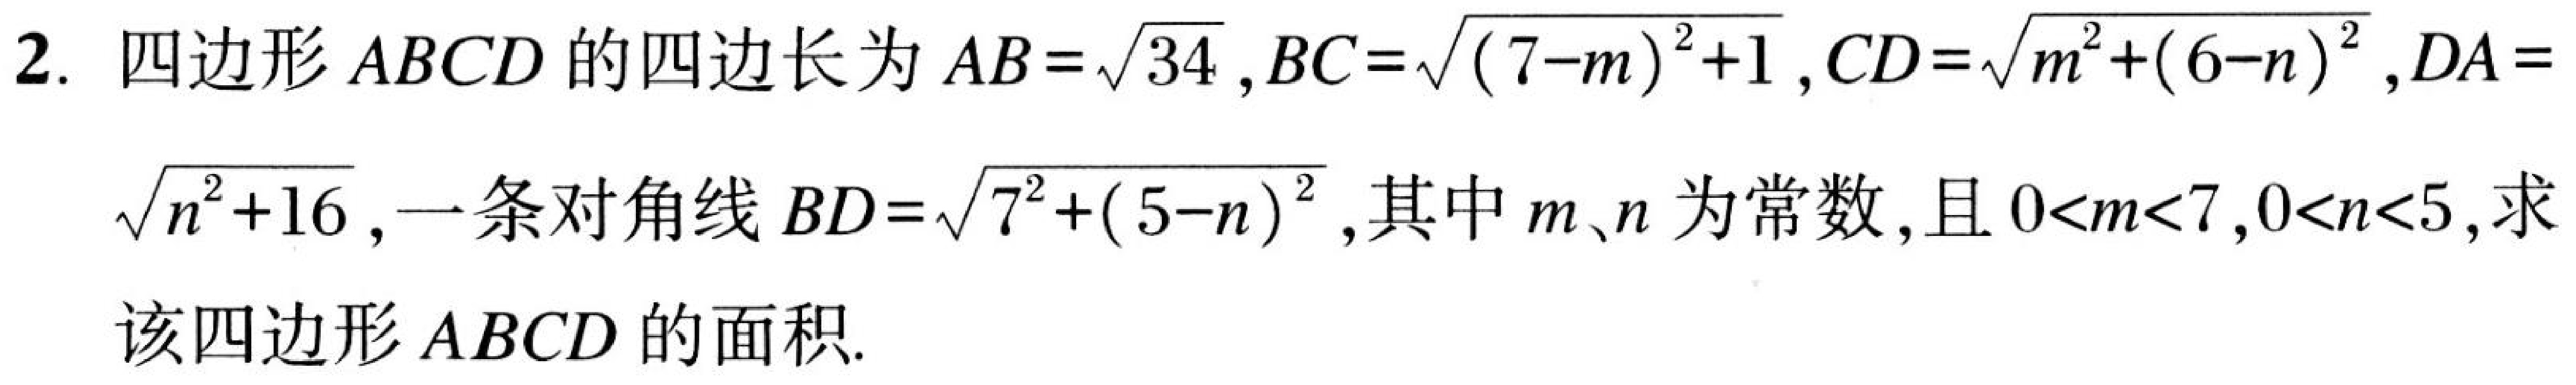
2. 四边形 \(ABCD\) 的四边长为 \(AB = \sqrt{34}\)，\(BC=\sqrt{(7 - m)^{2}+1}\)，\(CD=\sqrt{m^{2}+(6 - n)^{2}}\)，\(DA = \sqrt{n^{2}+16}\)，一条对角线 \(BD=\sqrt{7^{2}+(5 - n)^{2}}\)，其中 \(m\)、\(n\) 为常数，且 \(0<m<7\)，\(0<n<5\)，求
该四边形 \(ABCD\) 的面积.